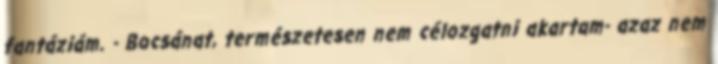
fantáziám. - Bocsánat, természetesen nem célozgatni akartam- azaz nem